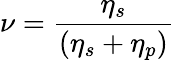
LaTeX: \nu=\frac{\eta_{s}}{(\eta_{s}+\eta_{p})}